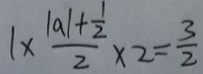
1 \times \frac { \vert a \vert + \frac { 1 } { 2 } } { 2 } \times 2 = \frac { 3 } { 2 }